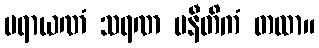
ပရာယဏံ သရဏ မနီတိကံ တထာ။